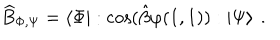
\widehat { B } _ { \Phi , \Psi } = \left\langle \Phi \right| : \cos ( \hat { \beta } \varphi ( 1 , 1 ) ) : \left| \Psi \right\rangle \: .